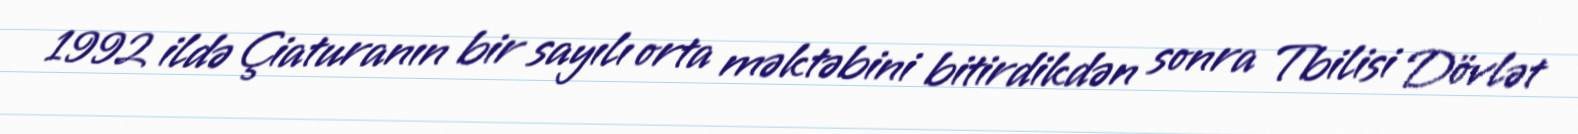
1992 ildə Çiaturanın bir sayılı orta məktəbini bitirdikdən sonra Tbilisi Dövlət